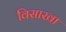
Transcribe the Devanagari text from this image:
विसाखा